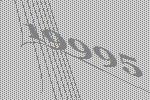
19995